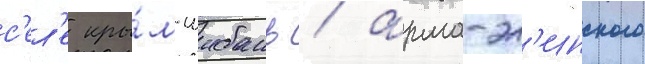
с'ел'е кры́м-шибань / арма-эл'инского